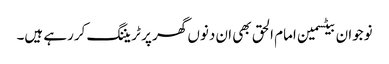
نوجوان بیٹسمین امام الحق بھی ان دنوں گھر پر ٹریننگ کررہے ہیں۔